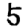
Digit: 5